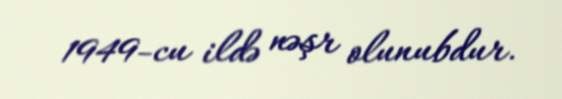
1949-cu ildə nəşr olunubdur.